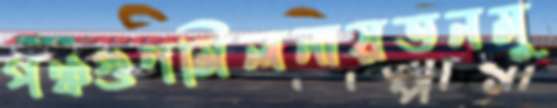
পঞ্চগুণমিলনায়তনমু